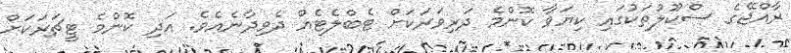
ރާއްޖޭގެ ސްކޫލުތަކުގައި ކިޔަވާ ކޮންމެ ދަރިވަރަކަށް ޓެބްލެޓެއް ދެވިދާނެއެވެ. އަދި ކޮންމެ ޓީޗަރަކަށް